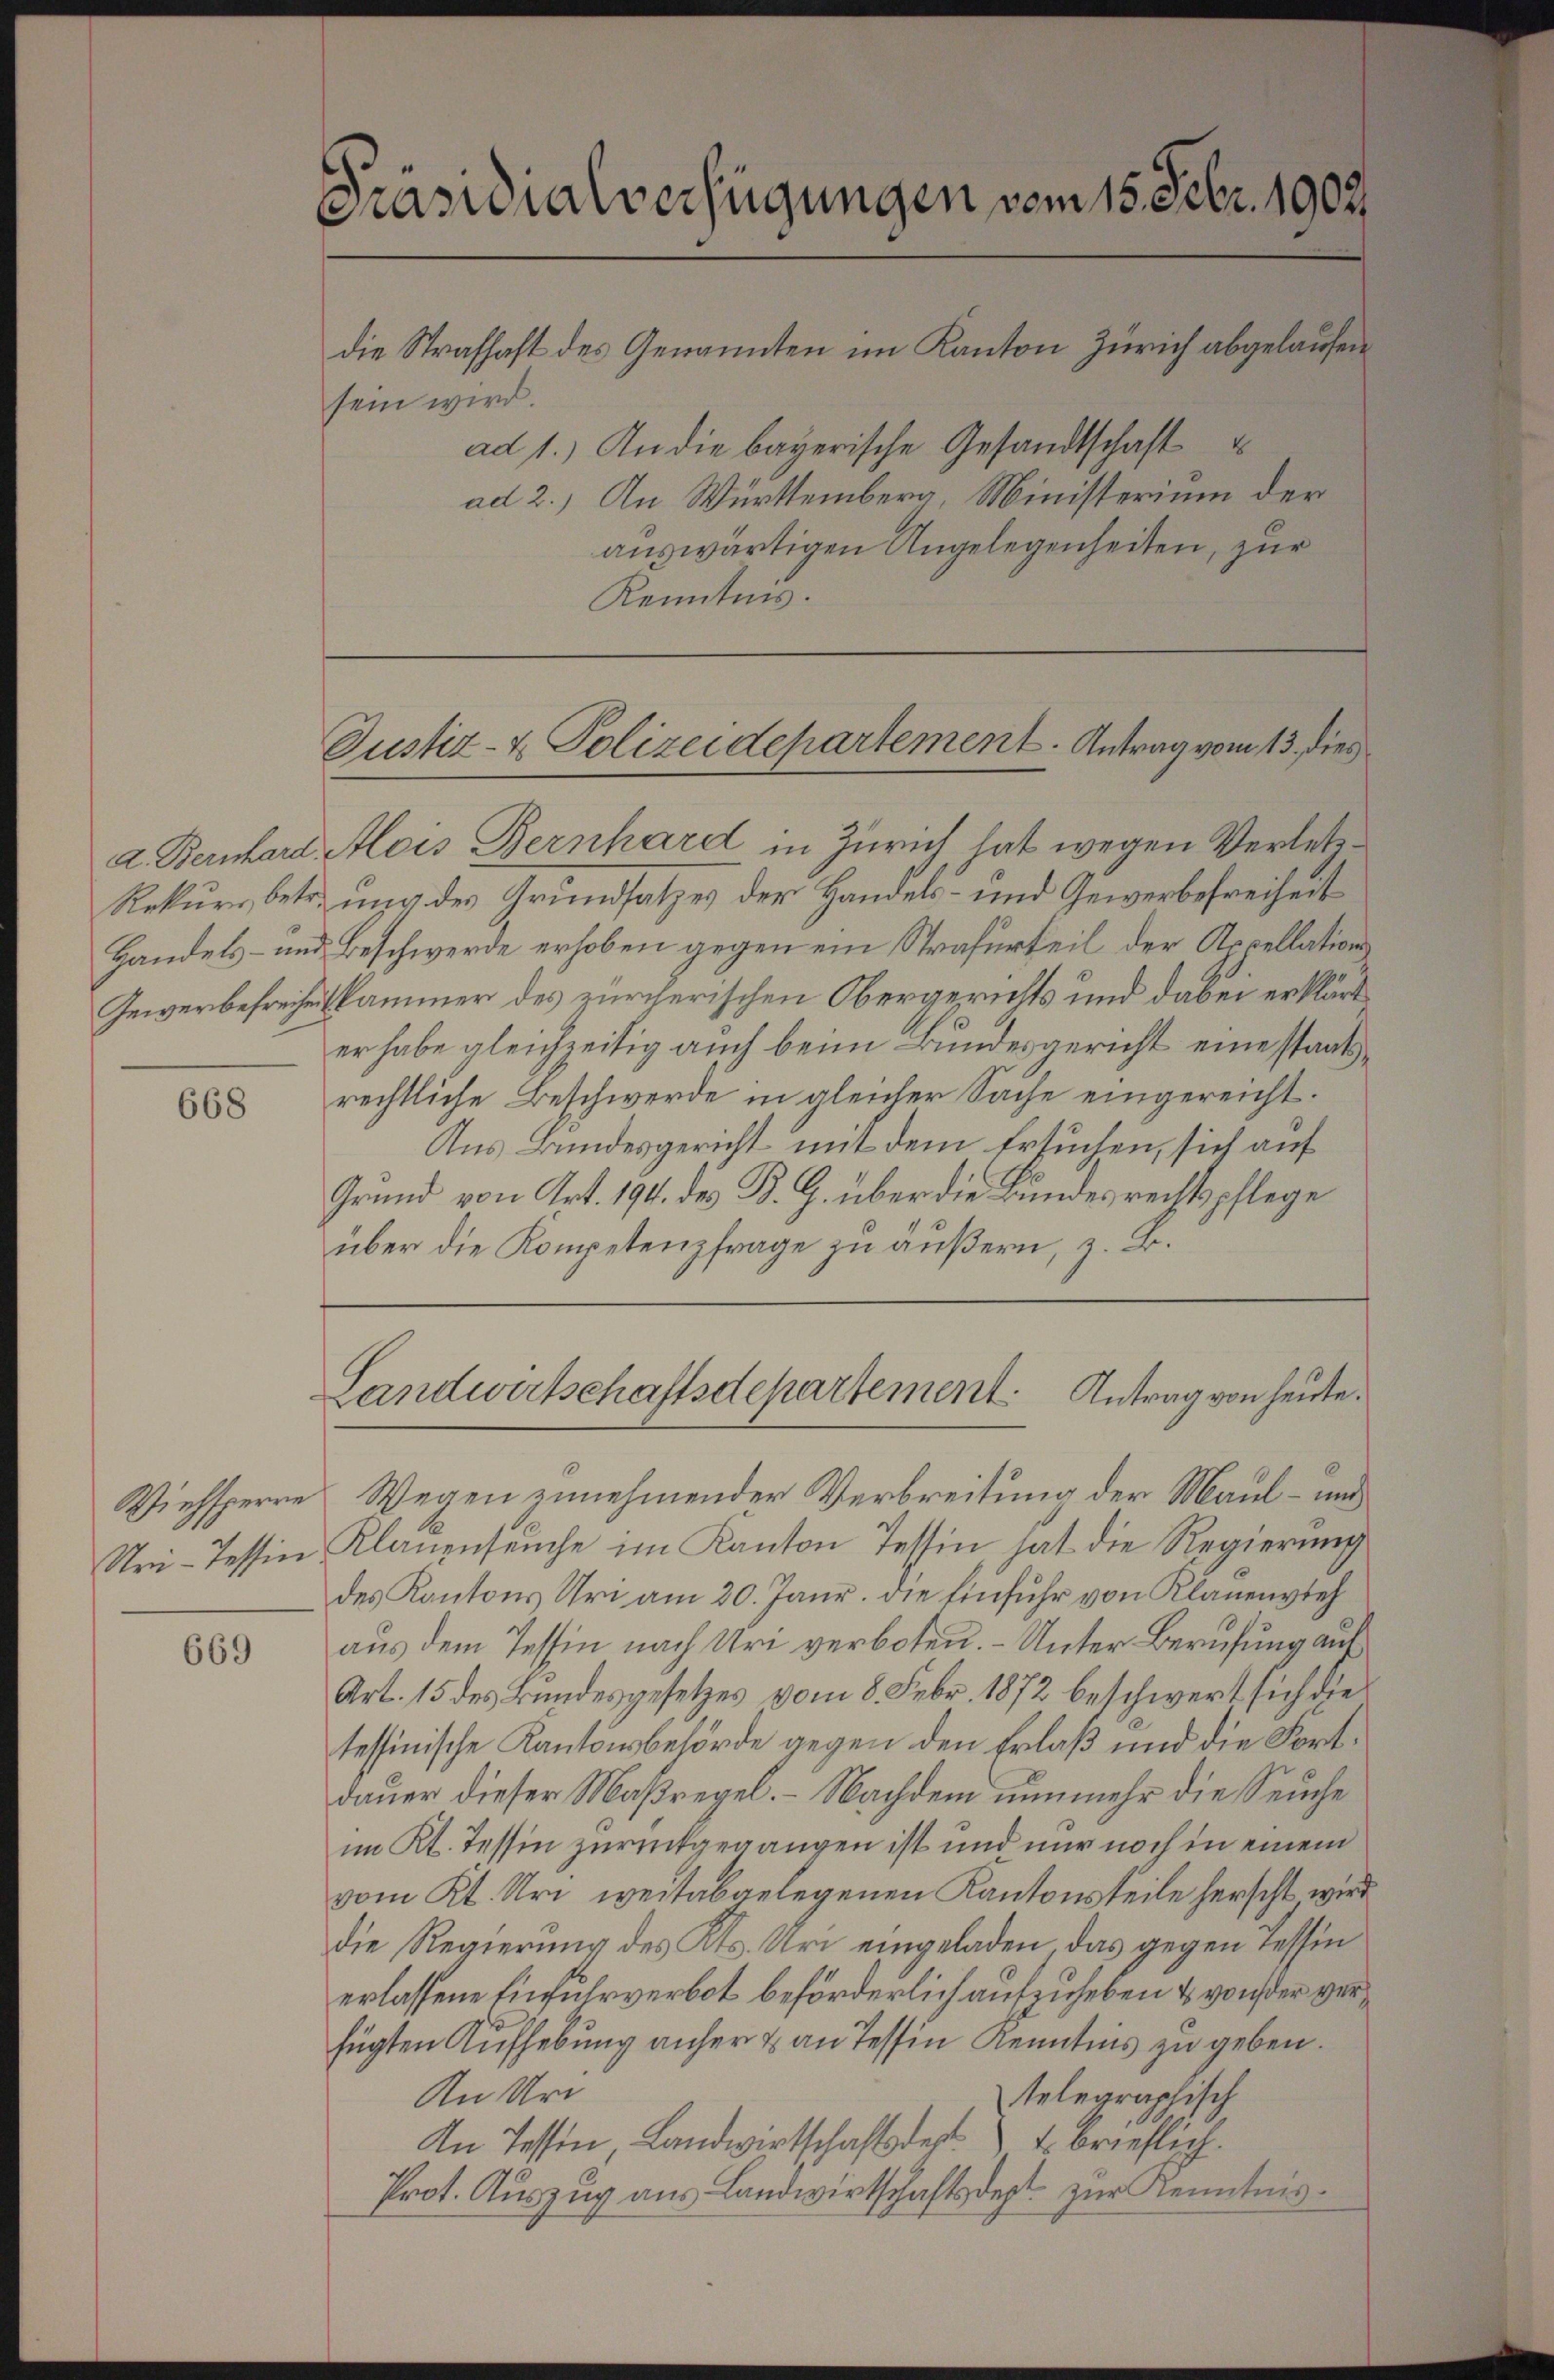
668

Wiehsperre
Uri-Tessin

669

Präsidialverfügungen vom 15. Febr. 1902
die Strafhaft des Genannten im Kanton Zürich abgelaufen
sein wird.
ad 1.) An die bayerische Gesandtschaft
ad 2.) An Württemberg, Ministerium der
auswärtigen Angelegenheiten, zur

Kenntnis.

d. Bernhard Alois Bernhard in Zürich hat wegen Verletz¬
Rekurs betr. ung des Grundsatzes der Handels- und Gewerbefreiheit
Handels- und Beschwerde erhoben gegen ein Strafurteil der Appellations¬
Gewerbefreihenskammer des zürcherischen Obergerichts und dabei erklärt
er habe gleichzeitig auch beim Bundesgericht eine staatsrechtliche Beschwerde in gleicher Sache eingereicht.
Aus Bundesgericht mit dem Ersuchen, sich auf
Grund von Art. 194. des K. G. über die Bundes rechtspflege
über die Kompetenzfrage zu äußern, z. B.

Wegen zunehmender Verbreitung der Maul- und
Klauenseuche im Kanton Tessin hat die Regierung
des Kantons Uri am 20. Janr. die Einfuhr von Klauenvieh
aus dem Tessin nach Uri verboten. - Unter Berufung auf
Art. 15 des Bundesgesetzes vom 8. Febr. 1872 beschwert sich die
tessinische Kantonsbehörde gegen den Erlaß und die Fortdauer dieser Maßregel. – Nachdem nunmehr die Seuche
im Kt. Tessin zurückgegangen ist und nur noch in einem
vom Kt. Uri weit abgelegenen Kantonsteile herscht wird
die Regierung des Kts. Uri eingeladen das gegen Tessin
erlassene Einfuhrverbot beförderlich aufzuheben & von der verfügten Aufhebung anher & an Tessin Kenntnis zu geben.
An Uri
telegraphisch
An Tessin Landwirtschaftsdest u. brieflich.
Prot. Auszug aus Landwirtschaftsdept. zur Kenntnis.

Justiz- & Polizeidepartement. Antrag vom 13. dies

Landwirtschaftsdepartement. Antrag von heute.